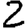
Digit: 2